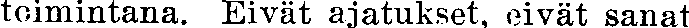
toimintana. Eivät ajatukset, eivät sanat